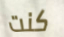
كنت